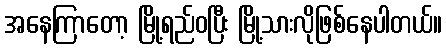
အနေကြာတော့ မြို့ရည်ဝပြီး မြို့သားလိုဖြစ်နေပါတယ်။